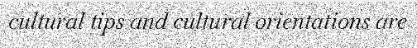
cultural tips and cultural orientations are